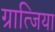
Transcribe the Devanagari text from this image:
ग्रात्जिया